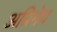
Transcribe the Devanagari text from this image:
अप्रिमेय